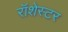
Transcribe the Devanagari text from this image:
रॉशेस्टर